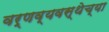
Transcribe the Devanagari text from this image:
वर्णव्यवस्थेच्या